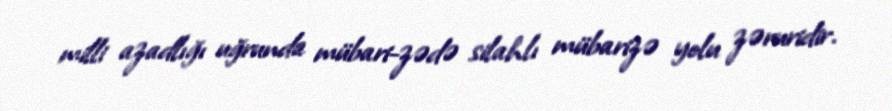
milli azadlığı uğrunda mübari-zədə silahlı mübarizə yolu zəruridir.